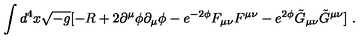
\int { d ^ { 4 } x \sqrt { - g } [ - R + 2 \partial ^ { \mu } \phi \partial _ { \mu } \phi - e ^ { - 2 \phi } F _ { \mu \nu } F ^ { \mu \nu } - e ^ { 2 \phi } \tilde { G } _ { \mu \nu } \tilde { G } ^ { \mu \nu } ] } \ .